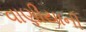
વાણીયાની